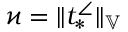
\varkappa = \| t _ { * } ^ { \angle } \| _ { \mathbb { V } }